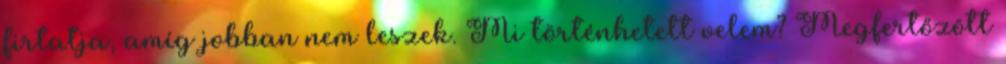
firtatja, amíg jobban nem leszek. Mi történhetett velem? Megfertőzött